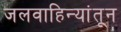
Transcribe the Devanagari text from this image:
जलवाहिन्यांतून